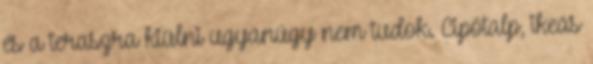
és a teraszra kiülni ugyanúgy nem tudok. Cipőtalp, ikeás